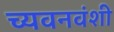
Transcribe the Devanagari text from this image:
च्यवनवंशी